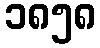
၁၈၅၈